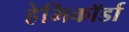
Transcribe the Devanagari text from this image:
हेमिकॉर्डा